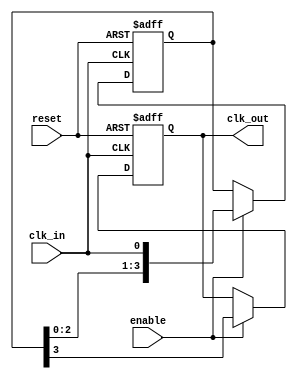
module delay_clock_buffer #(
    parameter DELAY_CYCLES = 4 // Number of clock cycles to delay
)(
    input wire clk_in,          // Input clock signal
    input wire enable,          // Enable signal
    input wire reset,           // Asynchronous reset signal
    output reg clk_out          // Output delayed clock signal
);

    // Internal register to hold the delayed clock value
    reg [DELAY_CYCLES-1:0] delay_reg;

    // Asynchronous reset and clock process
    always @(posedge clk_in or posedge reset) begin
        if (reset) begin
            clk_out <= 1'b0; // Reset output to known state
            delay_reg <= {DELAY_CYCLES{1'b0}}; // Clear delay register
        end else if (enable) begin
            // Shift the delay register and update the output clock
            delay_reg <= {delay_reg[DELAY_CYCLES-2:0], clk_in};
            clk_out <= delay_reg[DELAY_CYCLES-1]; // Output the last delayed clock
        end
    end

endmodule